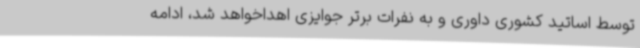
توسط اساتید کشوری داوری و به نفرات برتر جوایزی اهداخواهد شد، ادامه